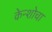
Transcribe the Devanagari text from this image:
केन्शोचा